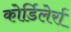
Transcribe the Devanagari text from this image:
कोर्डिलेर्रा